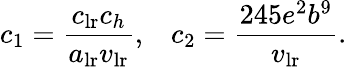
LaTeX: c_{1}=\frac{c_{\mathrm{lr}}c_{h}}{a_{\mathrm{lr}}v_{\mathrm{lr}}},\; \; \; c_{2}=\frac{245e^{2}b^{9}}{v_{\mathrm{lr}}}.